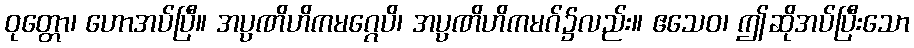
ဝုတ္တော၊ ဟောအပ်ပြီ။ အပ္ပဏိဟိကမဂ္ဂေပိ၊ အပ္ပဏိဟိကမဂ်၌လည်း။ ဧသေဝ၊ ဤဆိုအပ်ပြီးသော